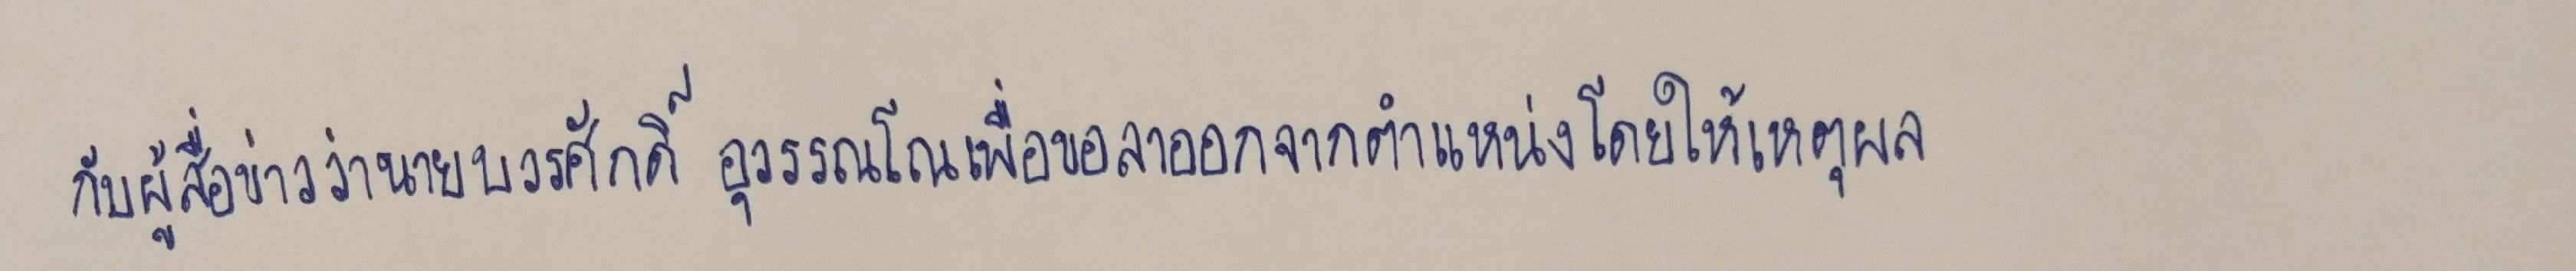
กับผู้สื่อข่าวว่านายบวรศักดิ์ อุวรรณโณเพื่อขอลาออกจากตำแหน่งโดยให้เหตุผล